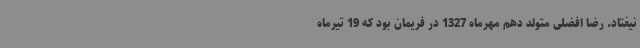
نیفتاد. رضا افضلی متولد دهم مهرماه 1327 در فریمان بود که 19 تیرماه